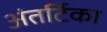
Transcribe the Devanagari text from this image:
अंतर्टिका